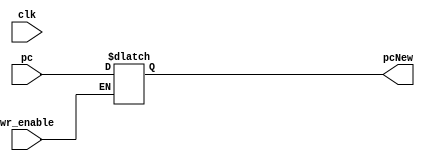
`timescale 1 ns / 1 ps
module pc(input [15:0] pc,
        input clk, wr_enable,
        output reg [15:0] pcNew);
always@(*)
begin
        if(wr_enable == 1)                        //if wr_enable 1 then write pc 
                pcNew = pc;
        else;                                     //else do nothing
end
endmodule